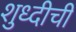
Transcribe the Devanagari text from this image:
शुध्दीची